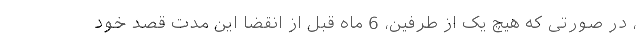
، در صورتی که هیچ یک از طرفین، 6 ماه قبل از انقضا این مدت قصد خود